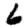
Digit: 6